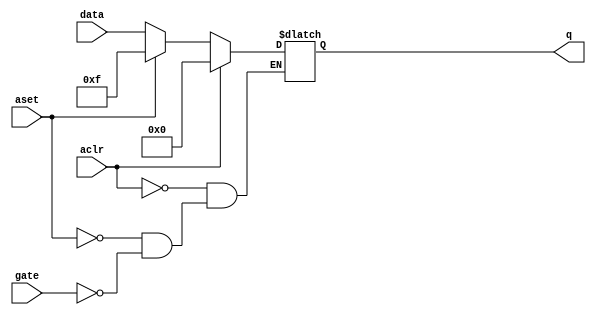
module latch(aset,data,gate,aclr,q);
parameter LAT_WIDTH =4;
input aset,gate,aclr;
input [LAT_WIDTH - 1 : 0 ] data ;
output reg [LAT_WIDTH - 1 : 0 ] q;
always @ (*) begin
    if (aclr) q <= 4'b0000;
    else begin
        if (aset) q <= 4'b1111;
        else if (gate) q <= data ;
    end
end
endmodule